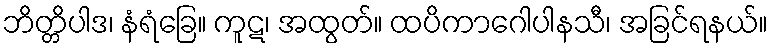
ဘိတ္တိပါဒ၊ နံရံခြေ။ ကူဋ၊ အထွတ်။ ထပိကာဂေါပါနသီ၊ အခြင်ရနယ်။